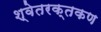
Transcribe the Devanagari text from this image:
श्वेतरक्तकण